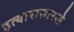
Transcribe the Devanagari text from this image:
हत्यारासारखे